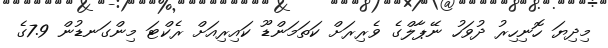
މިދިޔަ ހޮނިހިރު ދުވަހު ނޭޕާލްގެ ވެރިރަށް ކަތަމަންޑޫ ކައިރިއަށް ރެކްޓަ މިންގަނޑުން 7.9ގެ